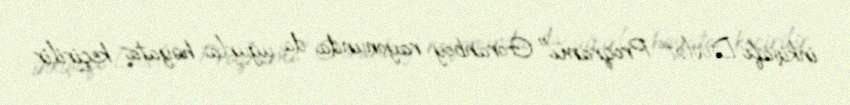
inkişafı Dövlət Proqramı" Goranboy rayonunda da uğurla həyata keçirilir.